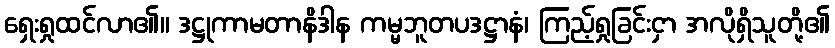
ရှေးရှုထင်လာ၏။ ဒဋ္ဌုကာမတာနိဒါန ကမ္မဘူတပဒဋ္ဌာနံ၊ ကြည့်ရှုခြင်းငှာ အလိုရှိသူတို့၏